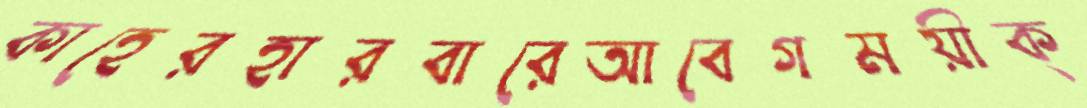
কাহেরহারবারেআবেগময়ীক্